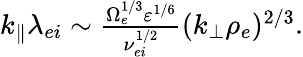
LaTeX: \begin{array}{r}{k_{\parallel}\lambda_{ei}\sim\frac{\Omega_{e}^{1/3}\varepsilon^{1/6}}{\nu_{ei}^{1/2}}(k_{\perp}\rho_{e})^{2/3}.}\end{array}